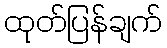
ထုတ်ပြန်ချက်